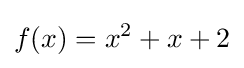
f(x)=x^{2}+x+2